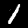
Digit: 1